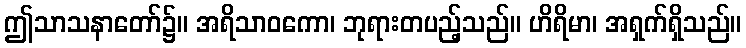
ဤသာသနာတော်၌။ အရိသာဝကော၊ ဘုရားတပည့်သည်။ ဟိရိမာ၊ အရှက်ရှိသည်။